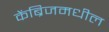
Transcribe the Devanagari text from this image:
केंब्रिजमधील